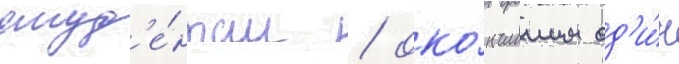
студ'е́нтам / око́нчившим од'и́н